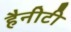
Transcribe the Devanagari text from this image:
हैनीटी